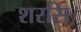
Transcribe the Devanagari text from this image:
शरसि।